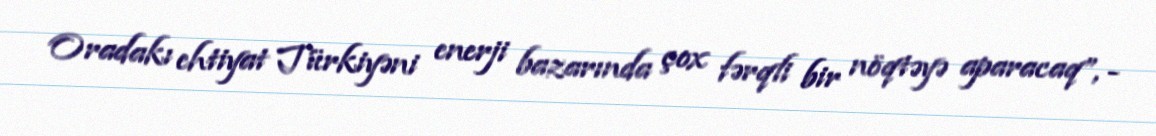
Oradakı ehtiyat Türkiyəni enerji bazarında çox fərqli bir nöqtəyə aparacaq”, -